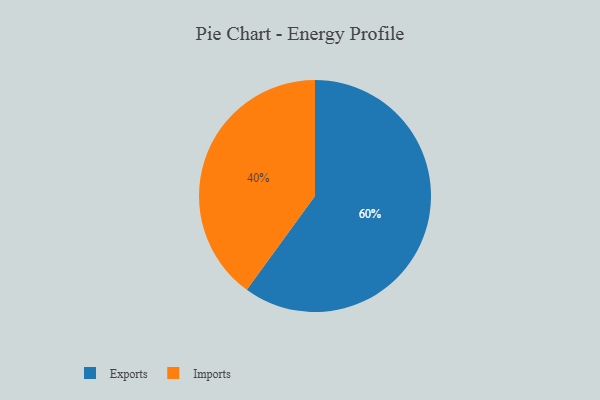
{"axis": {"x": "Category", "y": "Percentage"}, "legend": ["Exports", "Imports"], "data": [{"x": "Imports", "y": 40, "type": "Imports"}, {"x": "Exports", "y": 60, "type": "Exports"}]}